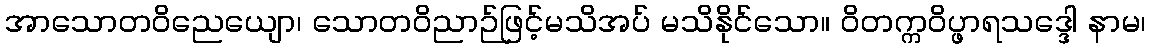
အာသောတဝိညေယျော၊ သောတဝိညာဉ်ဖြင့်မသိအပ် မသိနိုင်သော။ ဝိတက္ကဝိပ္ဖာရသဒ္ဒေါ နာမ၊